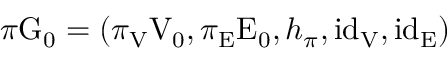
\pi \mathrm { G } _ { 0 } = \left( \pi _ { \mathrm { V } } \mathrm { V } _ { 0 } , \pi _ { \mathrm { E } } \mathrm { E } _ { 0 } , h _ { \pi } , \mathrm { i d } _ { \mathrm { V } } , \mathrm { i d } _ { \mathrm { E } } \right)